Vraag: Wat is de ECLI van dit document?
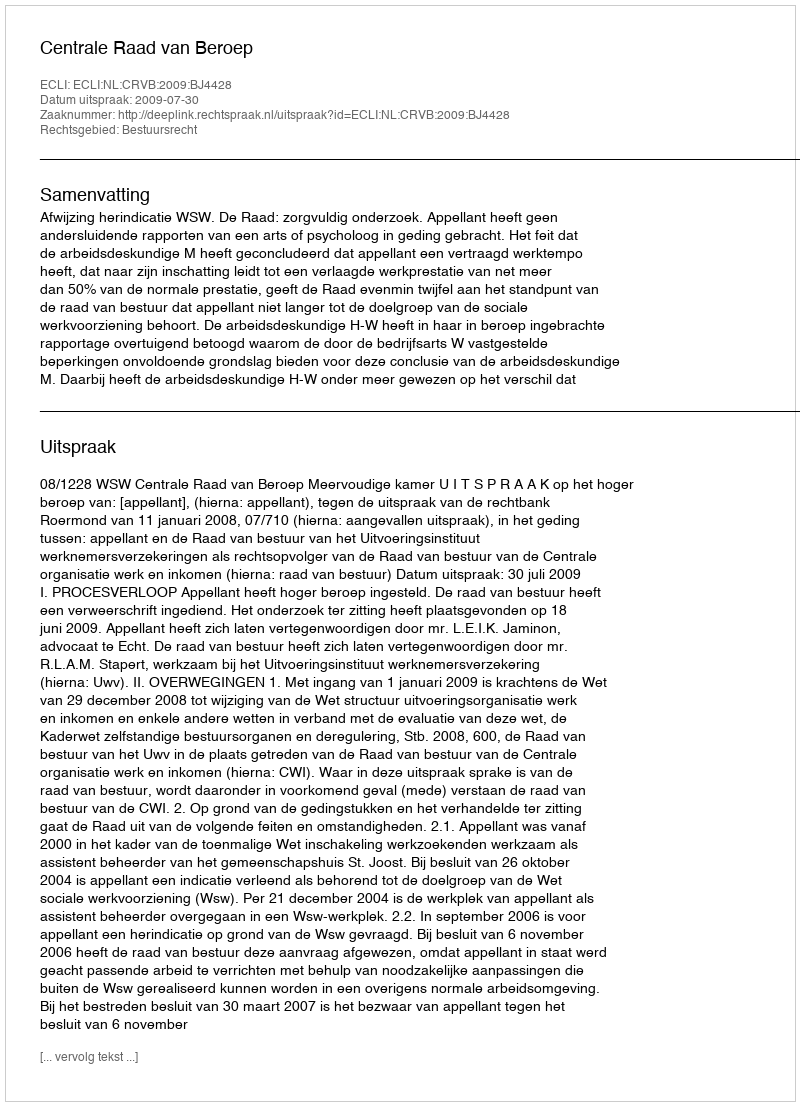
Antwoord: ECLI:NL:CRVB:2009:BJ4428